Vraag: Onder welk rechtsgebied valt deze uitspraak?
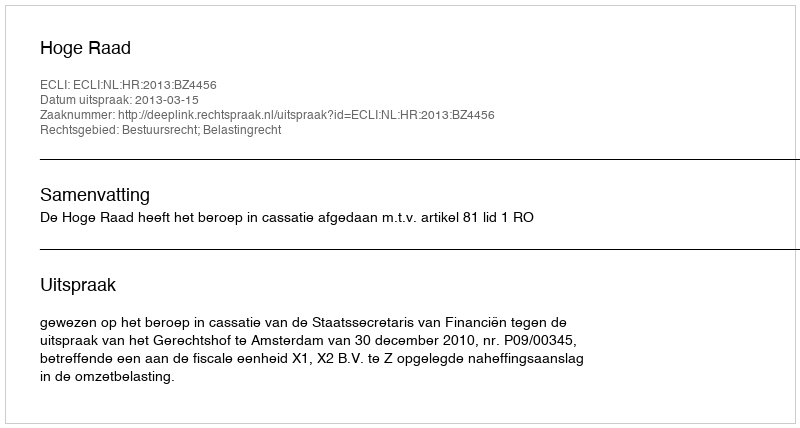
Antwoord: Bestuursrecht; Belastingrecht